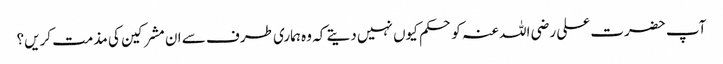
آپ حضرت علی رضی اللہ عنہ کو حکم کیوں نہیں دیتے کہ وہ ہماری طرف سے ان مشرکین کی مذمت کریں؟